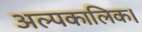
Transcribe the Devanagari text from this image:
अल्पकालिक।